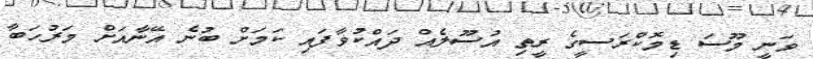
ވަނީ މޫސަ ޑިމޮކްރަސީގެ ރީތި އުސޫލެއް ދައްކުވާފައި ކަމަށް ބުނެ އޭނާއަށް މަރުހަބާ